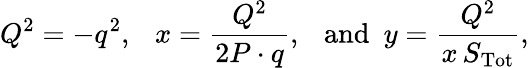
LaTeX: Q^{2}=-q^{2},~~~x=\frac{Q^{2}}{2P\cdot q},~~~\mathrm{and}~~y=\frac{Q^{2}}{x\, S_{\mathrm{Tot}}},